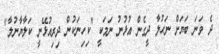
ދެ ވަނަ ބަޔަށް ނަހުލާ ދީގެން އުޅުނު ނަމަކީ "ކިހިނަކުން ދިރިއުޅޭނީ ކަލާޔާނުލާ"